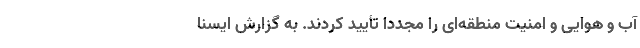
آب و هوایی و امنیت منطقه‌ای را مجدداً تأیید کردند. به گزارش ایسنا